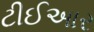
ટીઈઆર